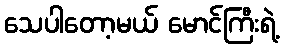
သေပါတော့မယ် မောင်ကြီးရဲ့